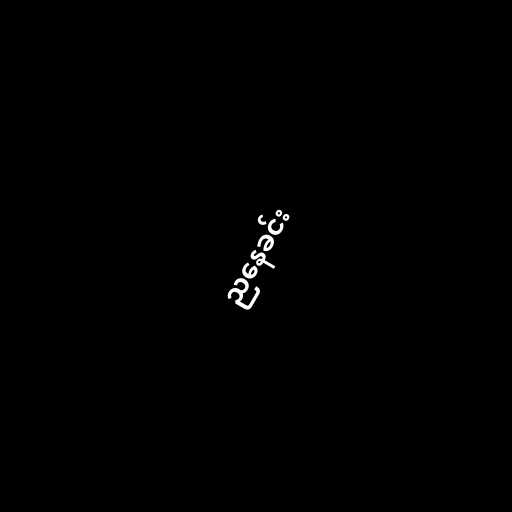
ညနေခင်း